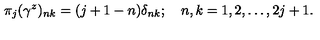
\pi _ { j } ( \gamma ^ { z } ) _ { n k } = ( j + 1 - n ) \delta _ { n k } ; \quad n , k = 1 , 2 , \ldots , 2 j + 1 .